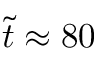
\tilde { t } \approx 8 0